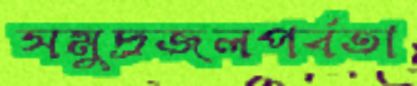
সমুদ্রজলপর্বতা